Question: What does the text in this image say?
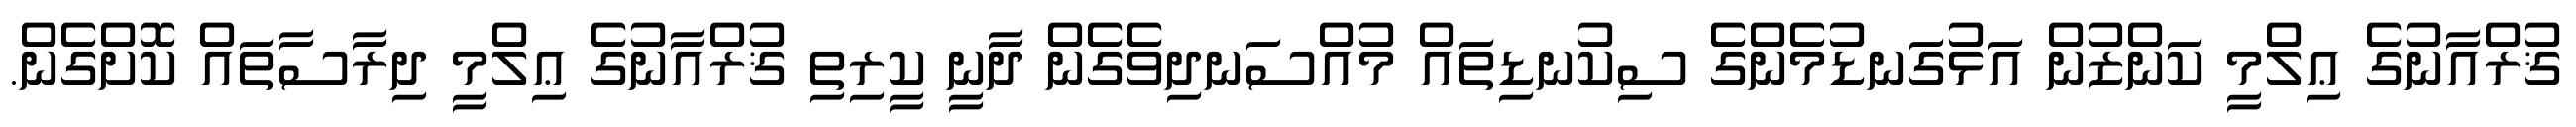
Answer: ޤުރްއާނުގެ ޢިލްމީ ކަންޒުން އަޅުގަނޑުމެންގެ ސިކުނޑިތައް މުއްސަނދިވެގެން ދާނީ ކީރިތި ޤުރްއާނުގެ ޢިލްމީ ދިރާސާތައް ކޮށްގެން.